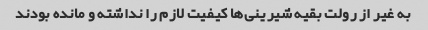
به غیر از رولت بقیه شیرینی‌ها کیفیت لازم را نداشته و مانده بودند